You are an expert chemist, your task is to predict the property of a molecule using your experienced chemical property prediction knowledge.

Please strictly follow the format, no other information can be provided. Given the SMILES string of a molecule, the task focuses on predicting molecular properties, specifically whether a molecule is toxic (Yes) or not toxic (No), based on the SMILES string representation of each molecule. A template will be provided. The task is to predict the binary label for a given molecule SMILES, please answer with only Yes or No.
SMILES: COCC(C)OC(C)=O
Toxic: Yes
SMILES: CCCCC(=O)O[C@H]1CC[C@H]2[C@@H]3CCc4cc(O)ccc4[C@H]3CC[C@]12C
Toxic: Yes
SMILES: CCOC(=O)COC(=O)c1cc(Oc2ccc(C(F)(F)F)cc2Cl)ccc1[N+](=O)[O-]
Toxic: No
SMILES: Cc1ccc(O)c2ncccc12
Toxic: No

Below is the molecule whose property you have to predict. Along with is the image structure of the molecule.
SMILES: COCCCN
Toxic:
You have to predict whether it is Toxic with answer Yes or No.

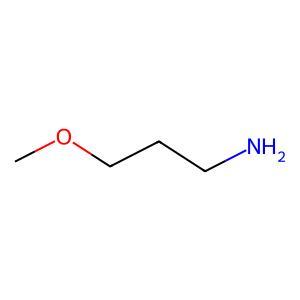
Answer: No